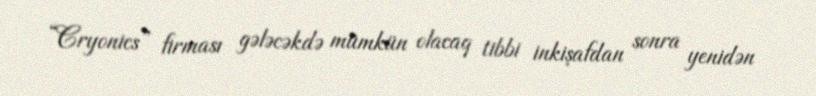
“Cryonics” firması gələcəkdə mümkün olacaq tibbi inkişafdan sonra yenidən